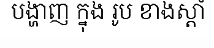
បង្ហាញ ក្នុង រូប ខាងស្តាំ